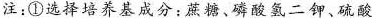
注：①选择培养基成分：蔗糖、磷酸氢二钾、硫酸